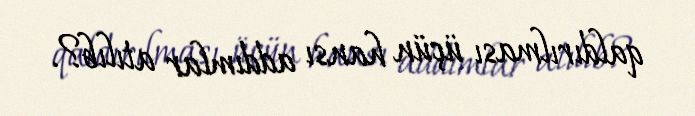
qaldırılması üçün hansı addımlar atılıb?.